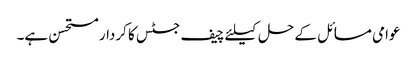
عوامی مسائل کے حل کیلئے چیف جسٹس کا کردار مستحسن ہے۔